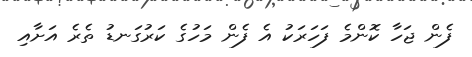
ފެން ޖަހާ ކޮންމެ ފަހަރަކު އެ ފެން މަހުގެ ކަރުގަނޑު ތެރެ އަށާއި